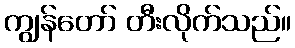
ကျွန်တော် တီးလိုက်သည်။